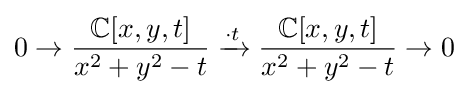
0\to {\frac {\mathbb {C} [x,y,t]}{x^{2}+y^{2}-t}}\xrightarrow {\cdot t} {\frac {\mathbb {C} [x,y,t]}{x^{2}+y^{2}-t}}\to 0